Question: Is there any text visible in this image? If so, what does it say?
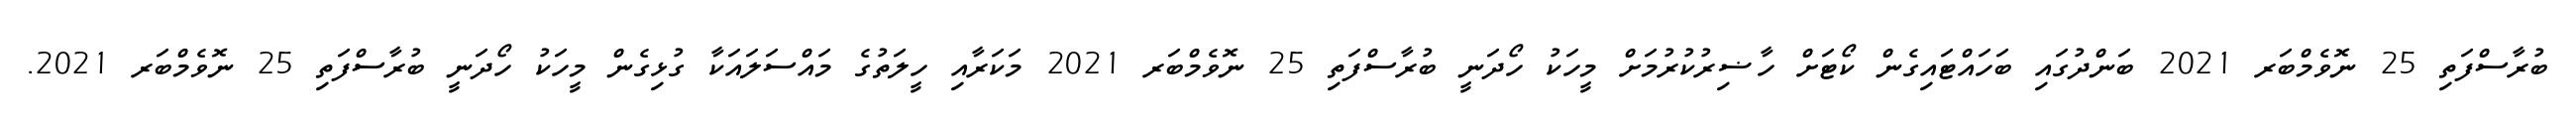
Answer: ބުރާސްފަތި 25 ނޮވެމްބަރ 2021 ބަންދުގައި ބަހައްޓައިގެން ކޯޓަށް ހާޟިރުކުރުމަށް މީހަކު ހޯދަނީ ބުރާސްފަތި 25 ނޮވެމްބަރ 2021 މަކަރާއި ހީލަތުގެ މައްސަލައަކާ ގުޅިގެން މީހަކު ހޯދަނީ ބުރާސްފަތި 25 ނޮވެމްބަރ 2021.